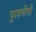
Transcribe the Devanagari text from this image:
पुरवणीची